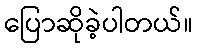
ပြောဆိုခဲ့ပါတယ်။